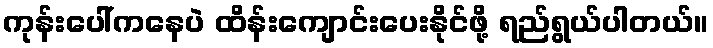
ကုန်းပေါ်ကနေပဲ ထိန်းကျောင်းပေးနိုင်ဖို့ ရည်ရွယ်ပါတယ်။